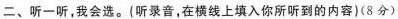
二、听一听，我会选。{听录音，在横线上填入你所听到的内容)(8分)